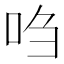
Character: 𫩩